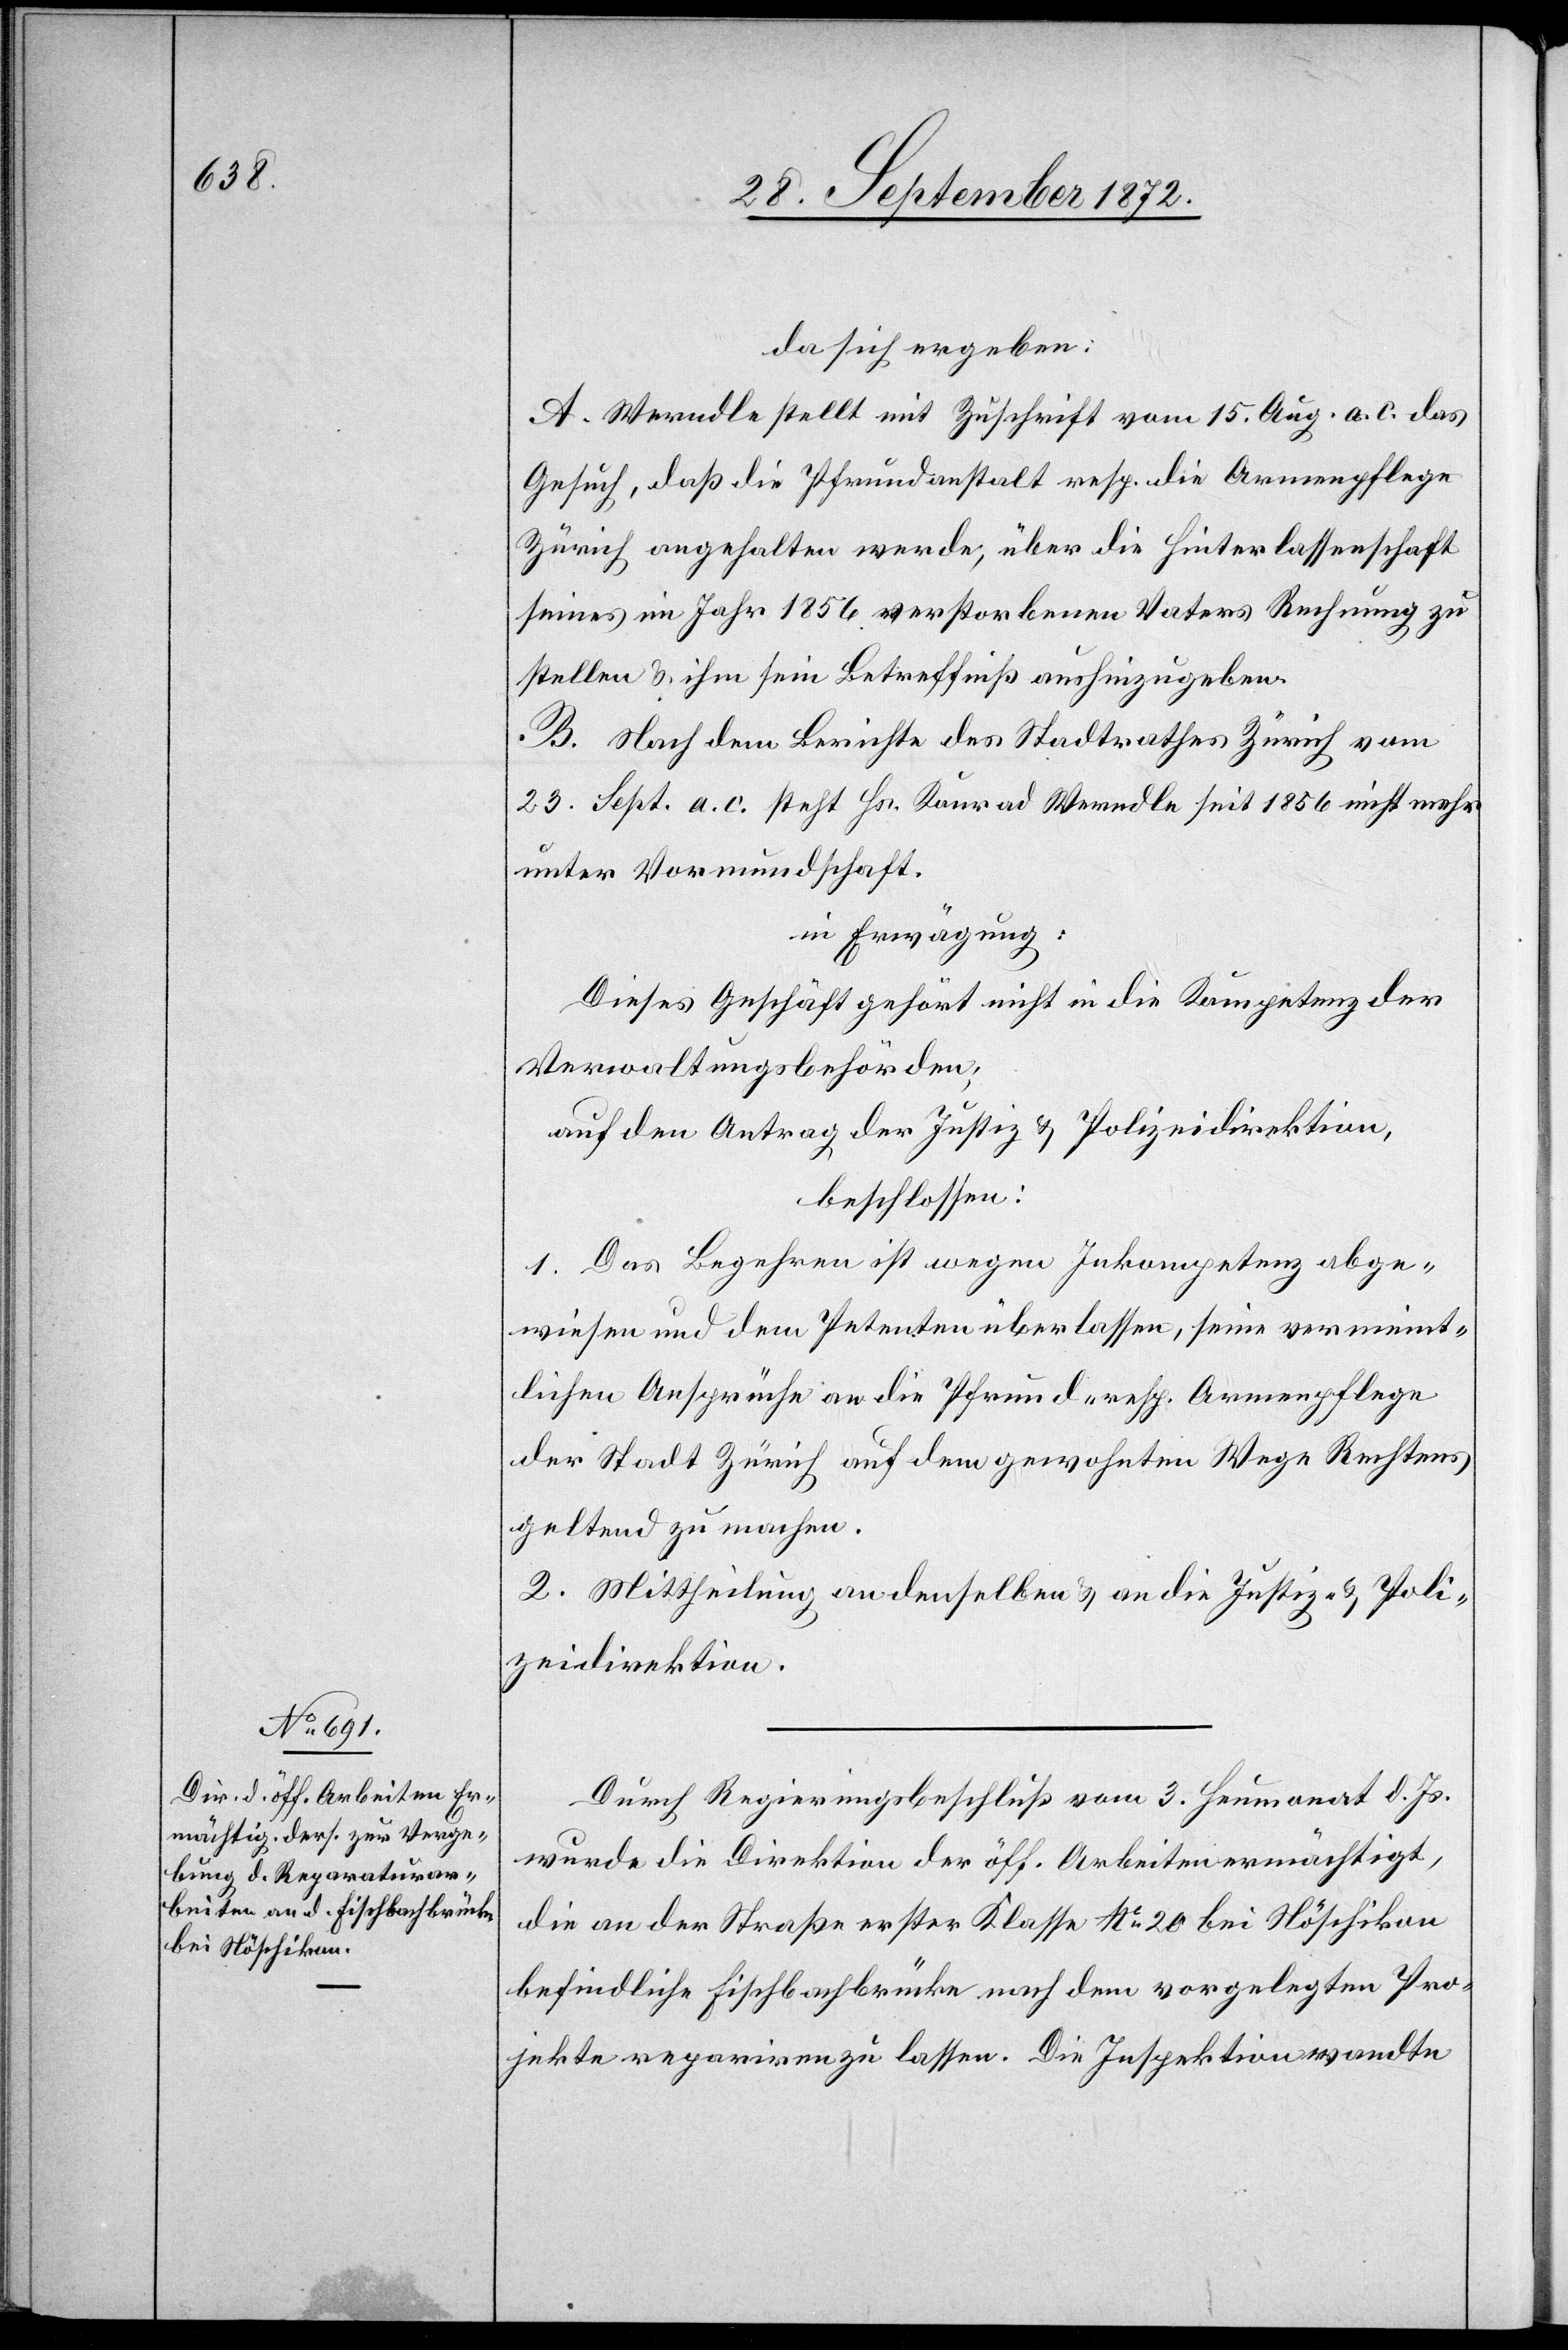
da sich ergeben:
A. Werndle stellt mit Zuschrift vom 15. Aug. a. c. das
Gesuch, daß die Pfrundanstalt resp. die Armenpflege
Zürich angehalten werde, über die Hinterlassenschaft
seines im Jahr 1865 verstorbenen Vaters Rechnung zu
stellen u. ihm sein Betreffniß aushinzugeben.
B. Nach dem Berichte des Stadtrathes Zürich vom
23. Sept. a. c. steht Hs. Konrad Werndle seit 1856 nicht mehr
unter Vormundschaft.
in Erwägung:
Dieses Geschäft gehört nicht in die Kompetenz der
Verwaltungsbehörden,
auf den Antrag der Justiz- u. Polizeidirektion,
beschlossen:
1. Das Begehren wegen Inkompetenz abge¬
wiesen und dem Petenten überlassen, seine vermeint¬
lichen Ansprüche an die Pfrund- resp. Armenpflege
der Stadt Zürich auf dem gewohnten Wege Rechtens
geltend zu machen.
2. Mittheilung an denselben u. an die Justiz- u. Poli¬
zeidirektion.